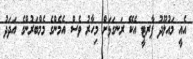
އެއީ މައުލޫދު ޕާރޓީ އެކޭ ރަނގަޅަށް މިހާރު ވެސް އެމެންގެ މެމްބަރުންގެ އަދަދު